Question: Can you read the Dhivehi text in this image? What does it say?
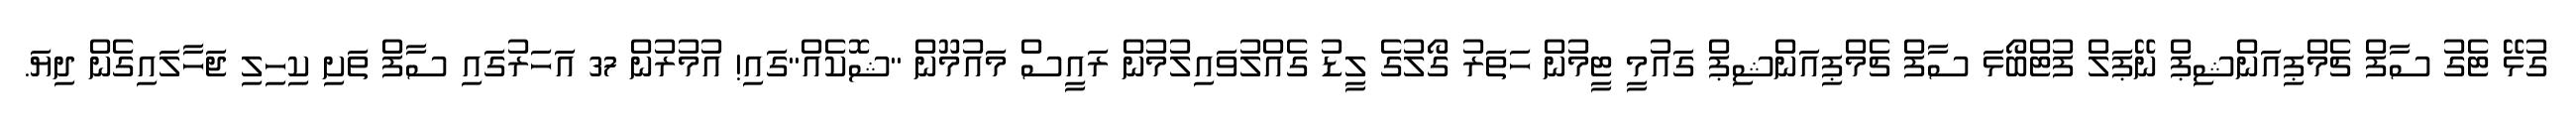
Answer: ގުޅޭ ޓެގު ސާފް ޗެމްޕިއަންޝިޕް ނޭޕަލް ފުޓްބޯޅަ ސާފް ޗެމްޕިއަންޝިޕް ގައުމީ ޓީމުން ހަތަރު ގޯލުގެ ލީޑު ގެއްލުވައިލުމުން ރައީސް މައުމޫން "ޝޮކެއް"ގައި! އުމުރުން 37 އަހަރުގައި ސާފް ތަށި ކިހިލި ޖަހާލައިގެން ދިޔަ.